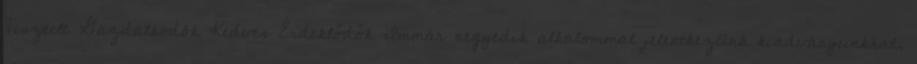
Tisztelt Gazdálkodók Kedves Érdeklődők Immár negyedik alkalommal jelentkezünk kiadványunkkal,